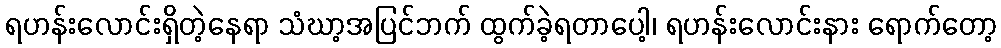
ရဟန်းလောင်းရှိတဲ့နေရာ သံဃာ့အပြင်ဘက် ထွက်ခဲ့ရတာပေါ့၊ ရဟန်းလောင်းနား ရောက်တော့